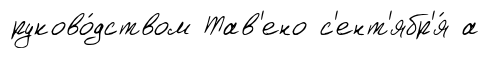
руково́дством Тав'ено с'ент'ябр'я́ а